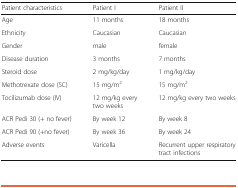
<table><thead><tr><td><b>Patient characteristics</b></td><td><b>Patient I</b></td><td><b>Patient II</b></td></tr></thead><tbody><tr><td>Age</td><td>11 months</td><td>18 months</td></tr><tr><td>Ethnicity</td><td>Caucasian</td><td>Caucasian</td></tr><tr><td>Gender</td><td>male</td><td>female</td></tr><tr><td>Disease duration</td><td>3 months</td><td>7 months</td></tr><tr><td>Steroid dose</td><td>2 mg/kg/day</td><td>1 mg/kg/day</td></tr><tr><td>Methotrexate dose (SC)</td><td>15 mg/m<sup>2</sup></td><td>15 mg/m<sup>2</sup></td></tr><tr><td>Tocilizumab dose (IV)</td><td>12 mg/kg every two weeks</td><td>12 mg/kg every two weeks</td></tr><tr><td>ACR Pedi 30 (+ no fever)</td><td>By week 12</td><td>By week 8</td></tr><tr><td>ACR Pedi 90 (+no fever)</td><td>By week 36</td><td>By week 24</td></tr><tr><td>Adverse events</td><td>Varicella</td><td>Recurrent upper respiratory tract infections</td></tr></tbody></table>